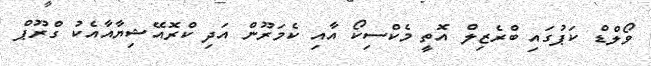
ވޯލްޑް ކަޕުގައި ބްރެޒިލް އޮތީ މެކްސިކޯ އާއި ކެމަރޫން އަދި ކްރޮއޭޝިޔާއާއެކު ގްރޫޕް